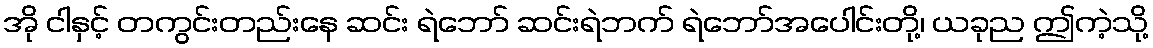
အို ငါနှင့် တကွင်းတည်းနေ ဆင်း ရဲဘော် ဆင်းရဲဘက် ရဲဘော်အပေါင်းတို့၊ ယခုည ဤကဲ့သို့